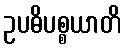
ဥပဓိပစ္စယာတိ